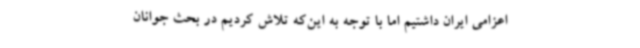
اعزامی ایران داشتیم اما با توجه به این‌که تلاش کردیم در بحث جوانان